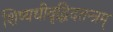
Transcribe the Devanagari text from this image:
शिष्यधीवृद्धिदतन्त्रम्